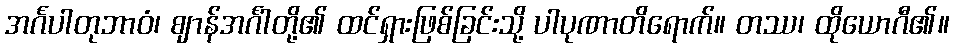
အင်္ဂပါတုဘာဝံ၊ ဈာန်အင်္ဂါတို့၏ ထင်ရှားဖြစ်ခြင်းသို့ ပါပုဏာတိရောက်။ တဿ၊ ထိုယောဂီ၏။